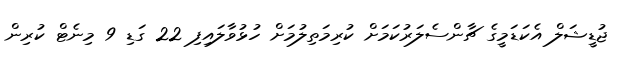
ޖުޑީޝަލް އެކަޑަމީގެ ޗާންސެލަރުކަމަށް ކުރިމަތިލުމަށް ހުޅުވާލައިފި 22 ގަޑި 9 މިނެޓް ކުރިން